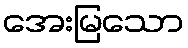
အေးမြသော